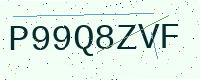
Text: P99Q8ZVF